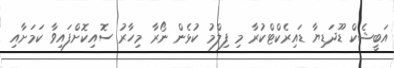
އަބީޝެކް ޑޫދަޑިޔާ ޑައިރެކްޓްކުރާ މި ފިލްމު ކުޅެން ނޯރާ މިހާރު ސޮއިކޮށްފައިވާ ކަމަށާއި